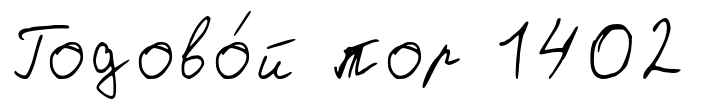
Годово́й пор 1402